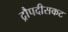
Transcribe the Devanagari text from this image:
द्रौपदीसकट